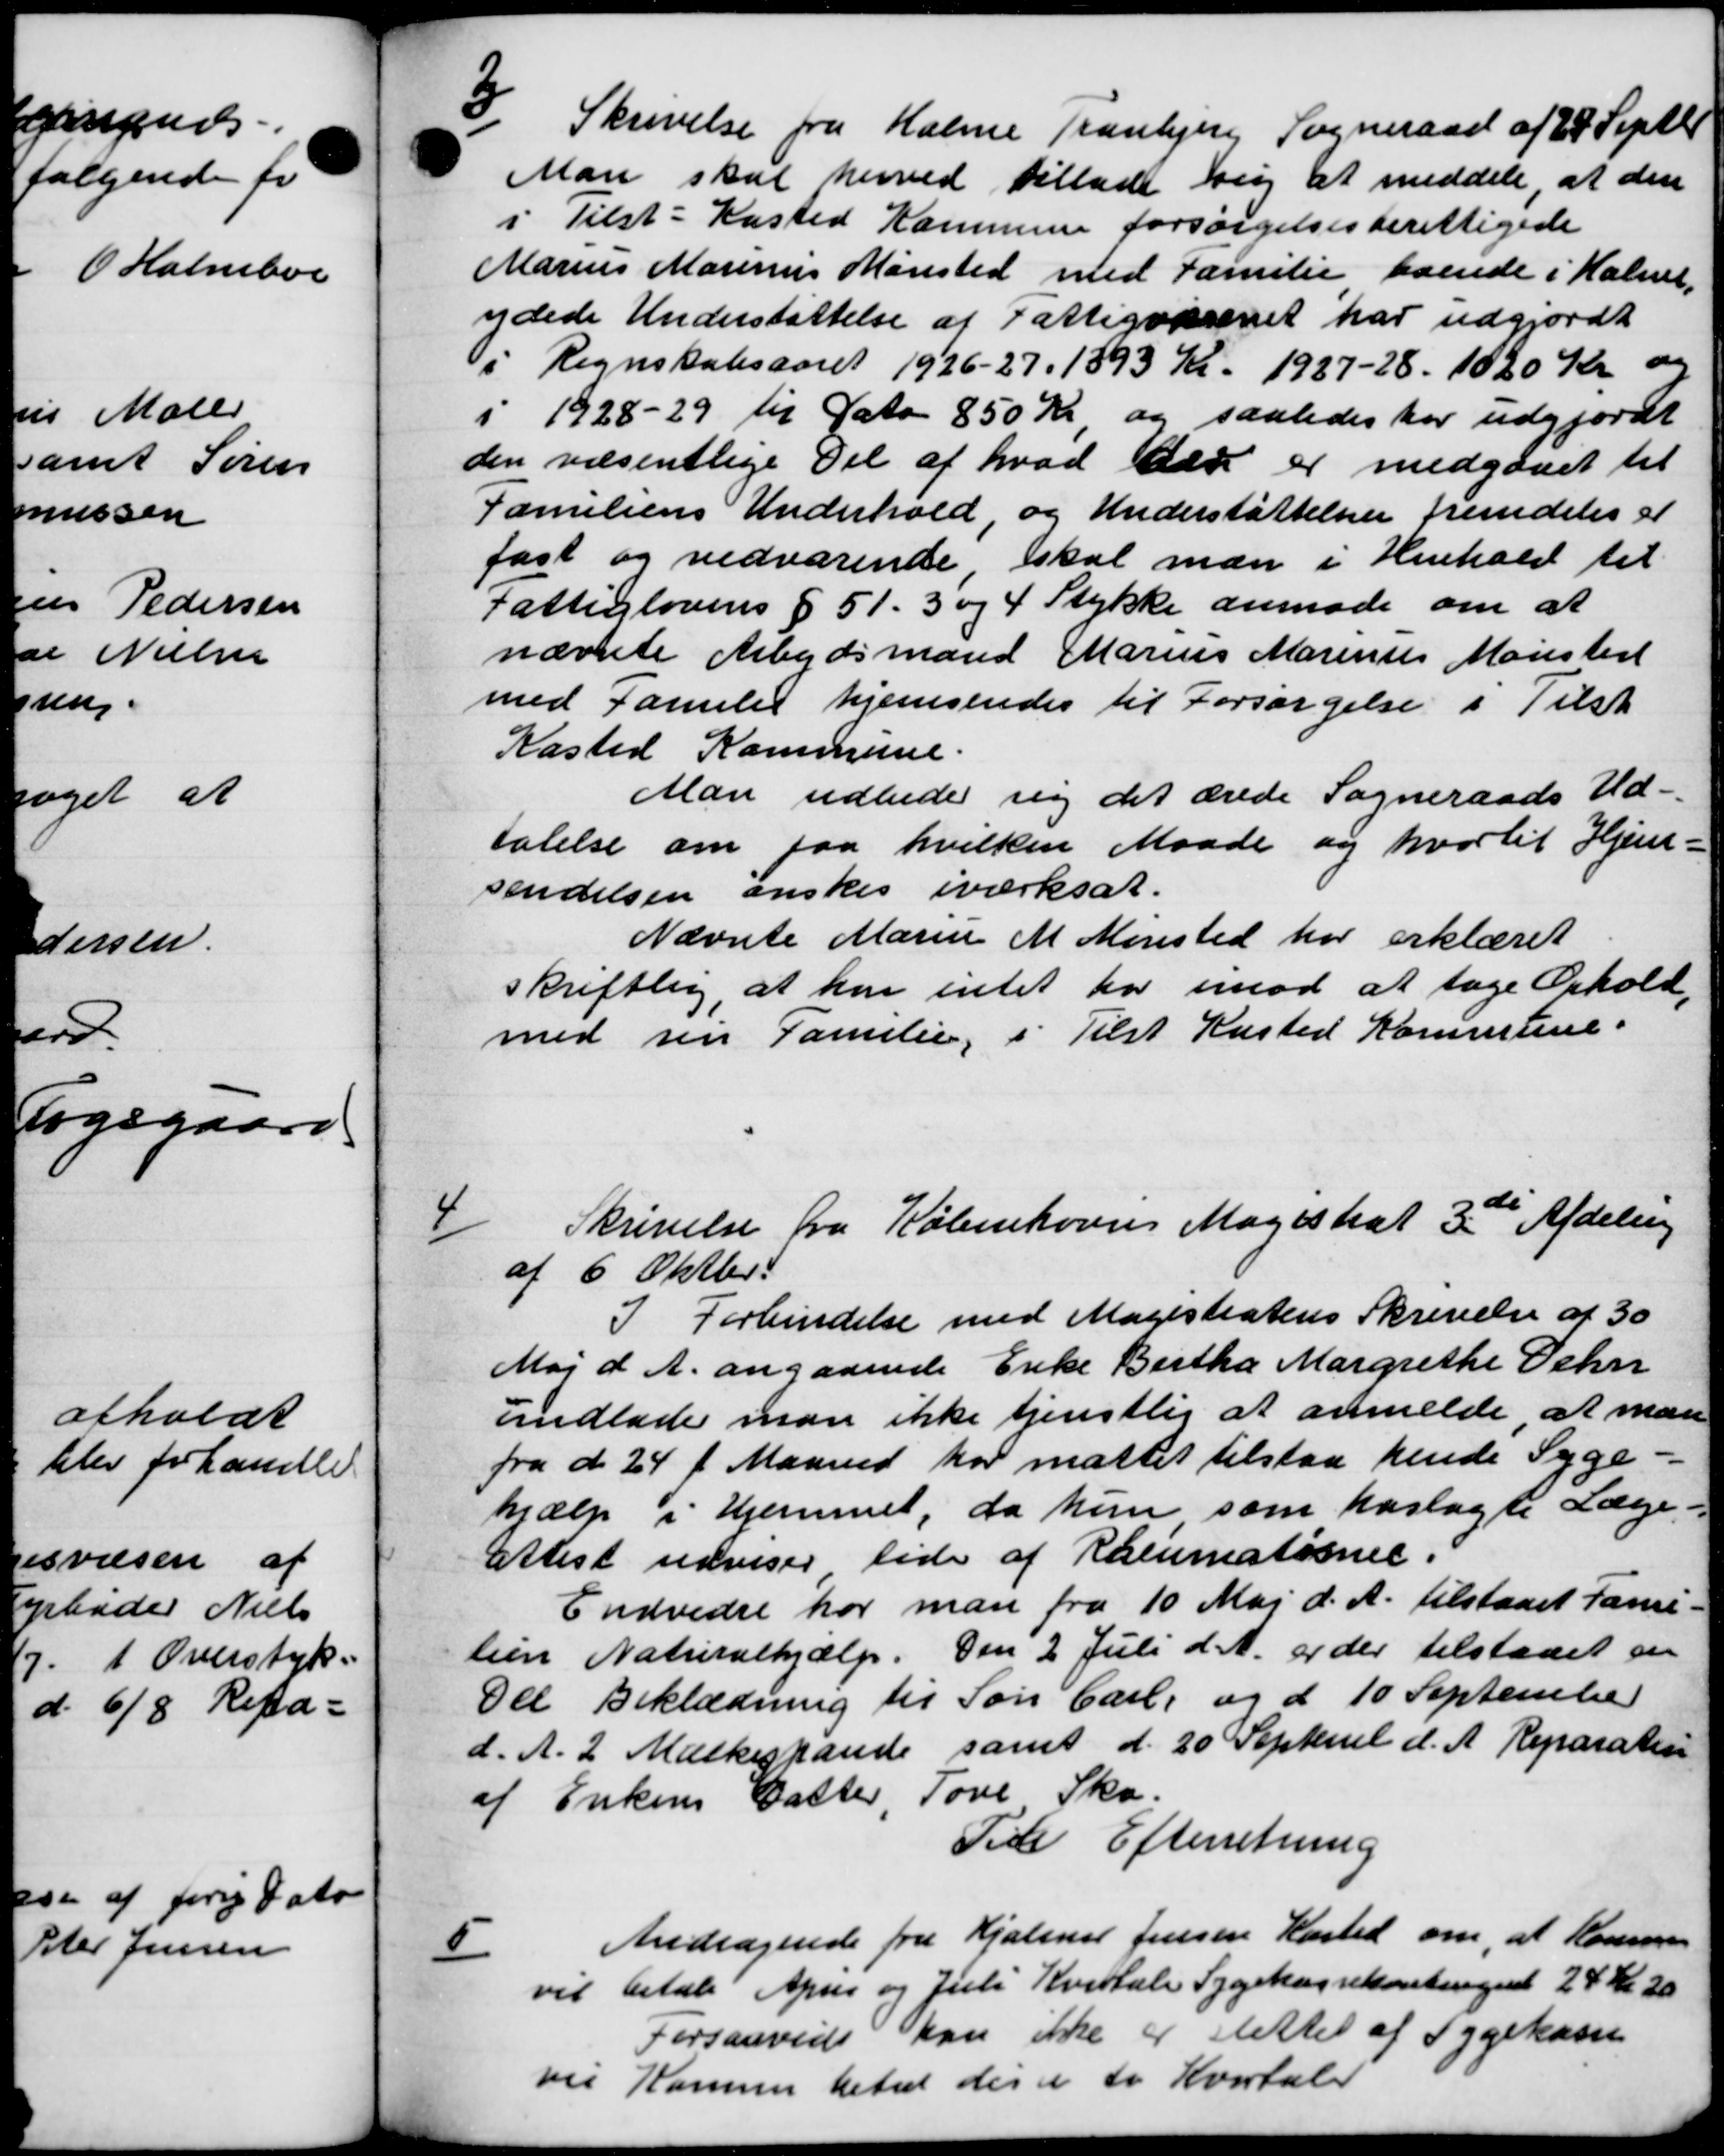
Transskription:
3
Skrivelse fra Holme Tranbjerg Sogneraad af 28 Septb
Man skal herved tillade sig at meddele, at den
i Tilst-Kasted Kommune forsørgelsesberettigede
Marius Marinus Mønsted med Familie boende i Holme,
ndede Understøttelse af Fattigvæsenet har udgjordt
i Regnskabsaaret 1926-27, 1893 Kr. 1927-28. 1020 Kr og
i 1928-29 til Dato 850 Kr og saaledes har udgjordt
den væsentlige Del af hvad der er medgaaet til
Familiens Underhold og Understøttelsen fremdeles at
fast og vedvarende skal man i Henhold til
Fattiglovens § 51. 3 og 4 Stykke anmode om at
nævnte Arbejdsmand Marius Marinus Modsted
med Familie hjemsendes til Forsørgelse i Tilsk
Kasted Kommune.
Man udbede sig det ærede Sogneraads Ud-
talelse om paa hvilken Maade og hvortil Hjem-
sendelsen ønskes iværksat.
Nævnte Maren M. Mensted har erklæret
skriftlig, at han intet har imod at tage Ophold
med sin Familie, i Tilst Kasted Kommune.
4
Skrivelse fra Københavns Magistrat 3de Afdeling
af 6 Oktbr.
I Forbindelse med Magistratens Skrivelse af 30
Maj d. A. angaaende Enke Bertha Margrethe Oehn
undlade man ikke tjenstlig at anmelde at man
fra d. 24 f. Maaned har måttet tilstaa hende Syge-
hjælp i Hjemmet, da hun som hoslagte Læge-
Attest udviser side af Rasumationer.
Endvidre har man fra 10 Maj d. A. tilstaaet Fami-
lien Naturalhjælp. Den 2 Juli d. A. er der tilstaaet en
Del Beklædning til Søn Carl, og d 10 September
d. A. 2 Mælkespande samt d. 20 Septemb d. A. Reparation
af Enkens Datter, Tove Sko.
Til Efterretning
5
Andragende fra Kjælene Jensen Hasted om, at Kommune
vil betale April og Juli Kvartale Sygekassekontingen 24 Kr 20
Forsaavede kan ikke er slettet af Sygekasse
vil Komme betalt der er to Kvartaler